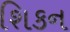
શિકન